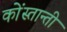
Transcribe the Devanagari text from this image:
कोंस्तान्ती